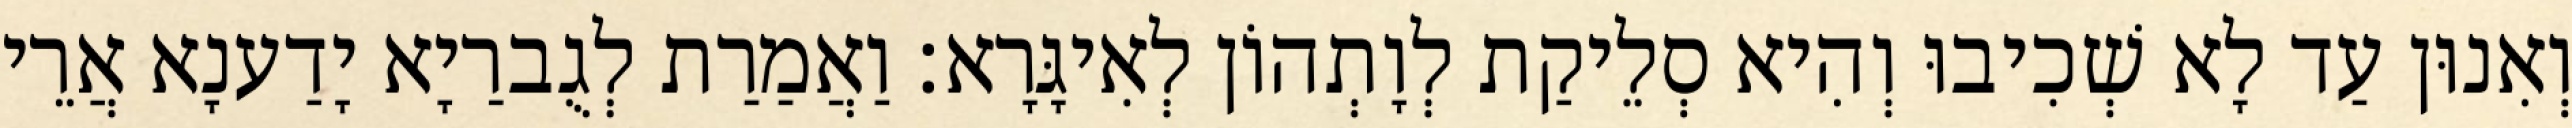
וְאִנוּן עַד לָא שְׁכִיבוּ וְהִיא סְלֵיקַת לְוָתְהוֹן לְאִיגָּרָא׃ וַאֲמַרַת לְגֻברַיָא יָדַענָא אֲרֵי